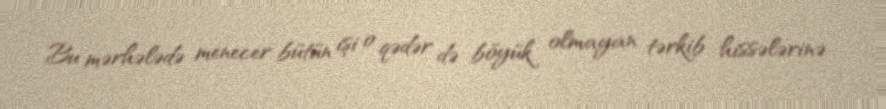
Bu mərhələdə menecer bütün işi o qədər də böyük olmayan tərkib hissələrinə